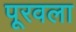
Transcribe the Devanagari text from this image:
पूरवला